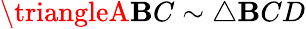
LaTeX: \triangleA\mathbf{B}C\sim\triangle\mathbf{B}CD